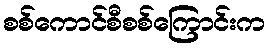
စစ်ကောင်စီစစ်ကြောင်းက